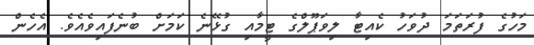
މަހުގެ ފުރަތަމަ ދުވަހު ކެއިޓާ ލިވަޕޫލްގެ ޓީމާއި ގުޅޭނެ ކަމަށް ބުނެފައިވެއެވެ. އެހެން